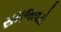
સમજાવટો